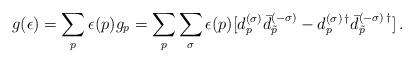
LaTeX: \begin{align*} g(\epsilon)= \sum_p \epsilon(p) g_p = \sum_p \sum_{\sigma} \epsilon(p) [d_p^{(\sigma)}\bar{d}_{\tilde p}^{(-\sigma)} - d_p^{(\sigma)\,\dagger}\bar{d}_{\tilde p}^{(-\sigma)\,\dagger}] \,{.}\end{align*}